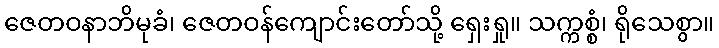
ဇေတဝနာဘိမုခံ၊ ဇေတဝန်ကျောင်းတော်သို့ ရှေးရှု။ သက္ကစ္စံ၊ ရိုသေစွာ။